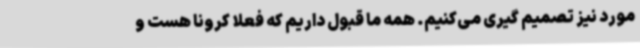
مورد نیز تصمیم گیری می‌کنیم. همه ما قبول داریم که فعلا کرونا هست و